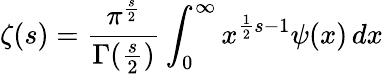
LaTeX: \zeta(s)={\frac{\pi^{\frac{s}{2}}}{\Gamma({\frac{s}{2}})}}\int_{0}^{\infty}x^{{\frac{1}{2}}{s}-1}\psi(x)\, dx